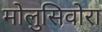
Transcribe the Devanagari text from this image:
मोलुसिवोरा